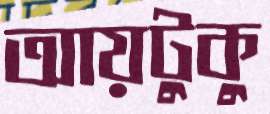
আয়টুকু